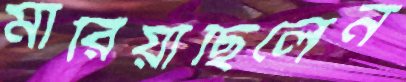
মারিয়াছিলেন